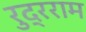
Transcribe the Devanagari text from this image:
रुद्रराम